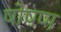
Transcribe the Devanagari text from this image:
षोषण